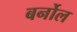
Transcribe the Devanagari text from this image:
बर्नोल